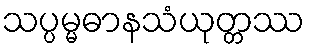
သပ္ပမ္မဓာနသံယုတ္တဿ